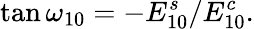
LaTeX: \tan\omega_{10}=-E_{10}^{s}/E_{10}^{c}.